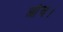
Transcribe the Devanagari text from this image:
आँच।